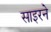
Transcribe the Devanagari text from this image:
साइरने